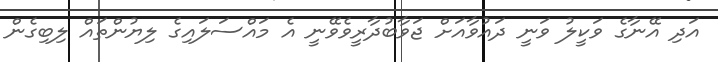
އަދި އޭނާގެ ވަކީލު ވަނީ ދައުވާއަށް ޖަވާބުދާރީވެވޭނީ އެ މައްސަލައިގެ ލިޔުންތައް ލިބިގެން